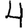
Digit: 4